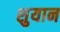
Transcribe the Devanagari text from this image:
शुयान